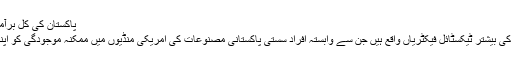
پاکستان کی کل برآمدات کا 60 فی صد ٹیکسٹائل مصنوعات پر مشتمل ہے
شمالی و جنوبی کیرولائنا وہ ریاستیں ہیں جہاں امریکہ کی بیشتر ٹیکسٹائل فیکٹریاں واقع ہیں جن سے وابستہ افراد سستی پاکستانی مصنوعات کی امریکی منڈیوں میں ممکنہ موجودگی کو اپنے کاروبار اور روزگار کے لیے خطرہ سمجھتے ہیں۔